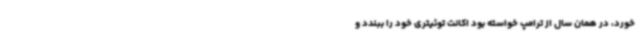
خورد، در همان سال از ترامپ خواسته بود اکانت توئیتری خود را ببندد و